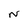
Character: N